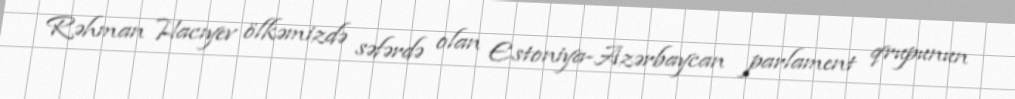
Rəhman Hacıyev ölkəmizdə səfərdə olan Estoniya-Azərbaycan parlament qrupunun